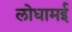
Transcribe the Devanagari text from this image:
लोधामई